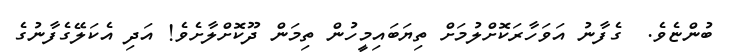
ބުންޏެވެ.  ގެފާނު އަވަހާރަކޮށްލުމަށް ތިޔަބައިމީހުން ތިމަން ދޫކޮށްލާށެވެ! އަދި އެކަލޭގެފާނުގެ